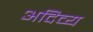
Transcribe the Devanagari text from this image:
अदिव्य